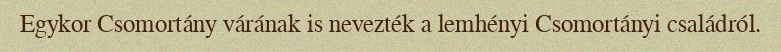
Egykor Csomortány várának is nevezték a lemhényi Csomortányi családról.